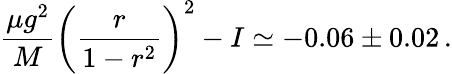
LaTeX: {\frac{\mu g^{2}}{M}}\left(\frac{r}{1-r^{2}}\right)^{2}-I\simeq-0.06\pm 0.02\, .